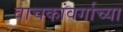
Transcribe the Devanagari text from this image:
वाचकांवर्गाच्या